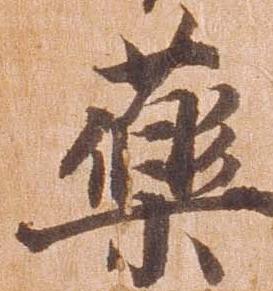
薬